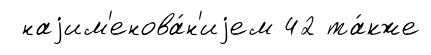
наjим'енова́н'иjем 42 та́кже